Madras plague regulations in force outside the Presidency town - Volume 1
Disease focus: Plague
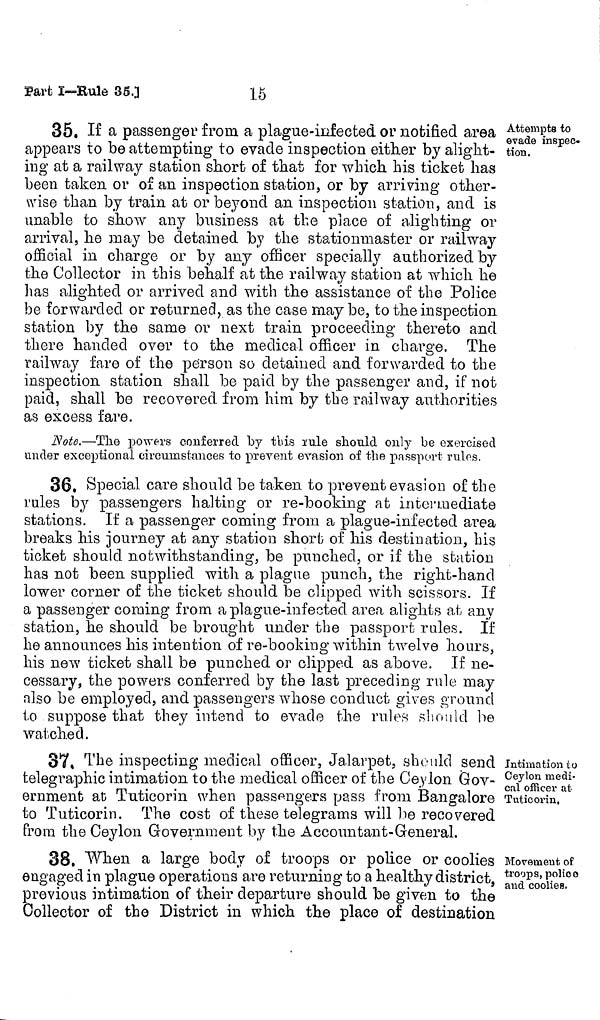
15
Part I—Rule 35.]
Attempts to
evade inspec-
tion.
35. If a passenger from a plague-infected or notified area
appears to be attempting to evade inspection either by alight-
ing at a railway station short of that for which his ticket has
been taken or of an inspection station, or by arriving other-
wise than by train at or beyond an inspection station, and is
unable to show any business at the place of alighting or
arrival, he may be detained by the stationmaster or railway
official in charge or by any officer specially authorized by
the Collector in this behalf at the railway station at which he
has alighted or arrived and with the assistance of the Police
be forwarded or returned, as the case may be, to the inspection
station by the same or next train proceeding thereto and
there handed over to the medical officer in charge. The
railway fare of the person so detained and forwarded to the
inspection station shall be paid by the passenger and, if not
paid, shall be recovered from him by the railway authorities
as excess fare.
Note.—The powers conferred by this rule should only be exercised
under exceptional circumstances to prevent evasion of the passport rules.
36. Special care should be taken to prevent evasion of the
rules by passengers halting or re-booking at intermediate
stations. If a passenger coming from a plague-infected area
breaks his journey at any station short of his destination, his
ticket should notwithstanding, be punched, or if the station
has not been supplied with a plague punch, the right-hand
lower corner of the ticket should be clipped with scissors. If
a passenger coming from a plague-infected area alights at any
station, he should be brought under the passport rules. If
he announces his intention of re-booking within twelve hours,
his new ticket shall be punched or clipped as above. If ne-
cessary, the powers conferred by the last preceding rule may
also be employed, and passengers whose conduct gives ground
to suppose that they intend to evade the rules should be
watched.
Intimation to
Ceylon medi-
cal officer at
Tuticorin,
37, The inspecting medical officer, Jalarpet, should send
telegraphic intimation to the medical officer of the Ceylon Gov-
ernment at Tuticorin when passengers pass from Bangalore
to Tuticorin. The cost of these telegrams will be recovered
from the Ceylon Government by the Accountant-General.
Movement of
troops, police
and coolies.
38, When a large body of troops or police or coolies
engaged in plague operations are returning to a healthy district,
previous intimation of their departure should be given to the
Collector of the District in which the place of destination